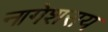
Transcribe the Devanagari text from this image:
नागेशराय